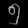
Digit: ၅